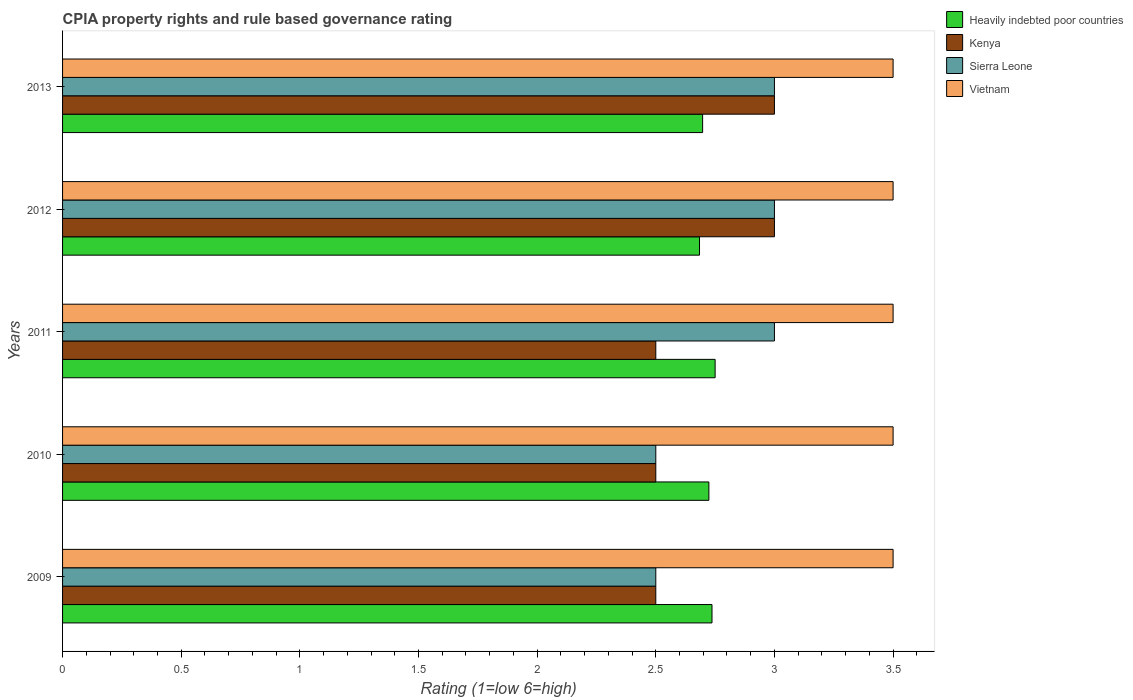
| Years | Heavily indebted poor countries | Kenya | Sierra Leone | Vietnam |
 | --- | --- | --- | --- | --- |
 | 2009 | 2.74 | 2.5 | 2.5 | 3.5 |
 | 2010 | 2.72 | 2.5 | 2.5 | 3.5 |
 | 2011 | 2.75 | 2.5 | 3 | 3.5 |
 | 2012 | 2.68 | 3 | 3 | 3.5 |
 | 2013 | 2.7 | 3 | 3 | 3.5 |